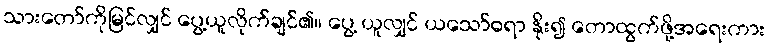
သားတော်ကိုမြင်လျှင် ပွေ့ယူလိုက်ချင်၏။ ပွေ့ ယူလျှင် ယသော်ဓရာ နိုး၍ တောထွက်ဖို့အရေးကား